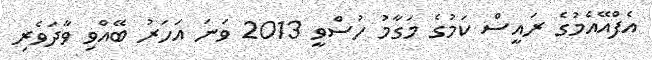
އެފްއޭއެމުގެ ރައީސް ކަމުގެ މަގާމު ހުސްވީ 2013 ވަނަ އަހަރު ބޭއްވި ވާދަވެރި